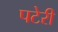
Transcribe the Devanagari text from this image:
पटेरी